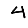
Digit: 4